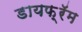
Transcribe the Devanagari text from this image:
डायफ़्रॅम